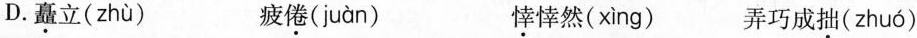
D. 矗立( zhù ) 疲倦( juàn ) 悻悻然( xìng ) 弄巧成拙( zhuó )